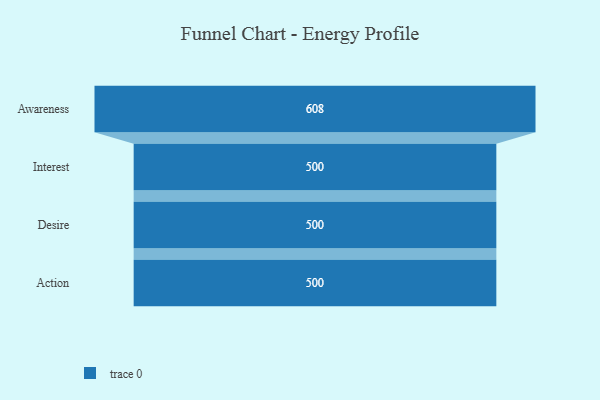
{"axis": {"x": "Stage", "y": "Value"}, "legend": [""], "data": [{"x": "Awareness", "y": 608.0, "type": ""}, {"x": "Interest", "y": 500, "type": ""}, {"x": "Desire", "y": 500, "type": ""}, {"x": "Action", "y": 500, "type": ""}]}